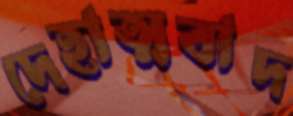
দেহাত্মবাদ